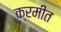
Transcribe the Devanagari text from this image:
क्रमीत